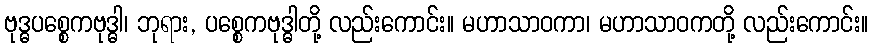
ဗုဒ္ဓပစ္စေကဗုဒ္ဓါ၊ ဘုရား, ပစ္စေကဗုဒ္ဓါတို့ လည်းကောင်း။ မဟာသာဝကာ၊ မဟာသာဝကတို့ လည်းကောင်း။